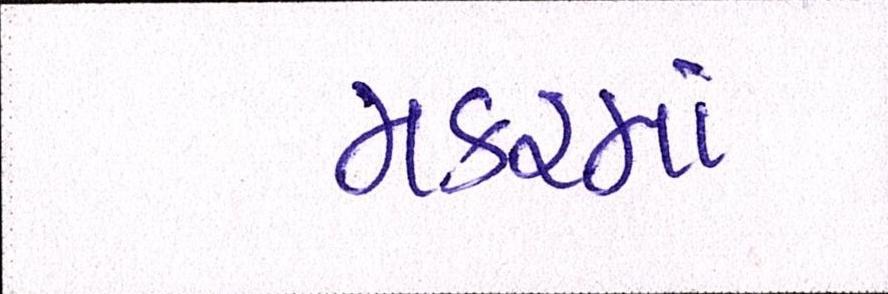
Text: મકરમાં